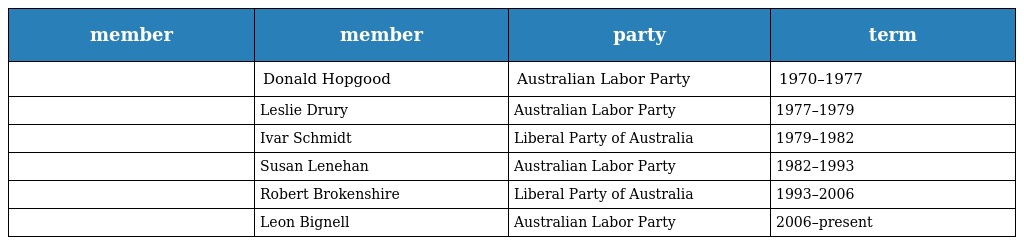
| member | member | party | term |
 | --- | --- | --- | --- |
 |  | Donald Hopgood | Australian Labor Party | 1970–1977 |
 |  | Leslie Drury | Australian Labor Party | 1977–1979 |
 |  | Ivar Schmidt | Liberal Party of Australia | 1979–1982 |
 |  | Susan Lenehan | Australian Labor Party | 1982–1993 |
 |  | Robert Brokenshire | Liberal Party of Australia | 1993–2006 |
 |  | Leon Bignell | Australian Labor Party | 2006–present |